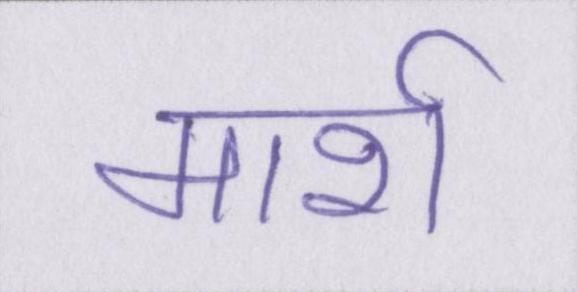
मार्श